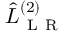
\hat { L } _ { \mathrm { ~ L ~ R ~ } } ^ { ( 2 ) }